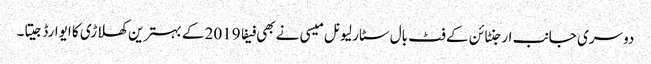
دوسری جانب ارجنٹائن کے فٹ بال سٹار لیونل میسی نے بھی فیفا 2019 کے بہترین کھلاڑی کا ایوارڈ جیتا۔